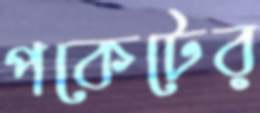
পকেটের